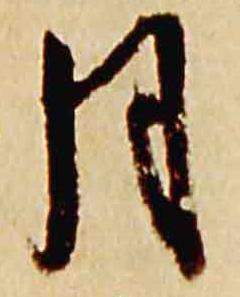
月